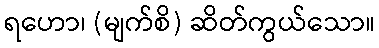
ရဟော၊ (မျက်စိ) ဆိတ်ကွယ်သော။